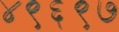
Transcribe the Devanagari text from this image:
४९६९७